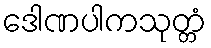
ဒေါဏပါကသုတ္တံ